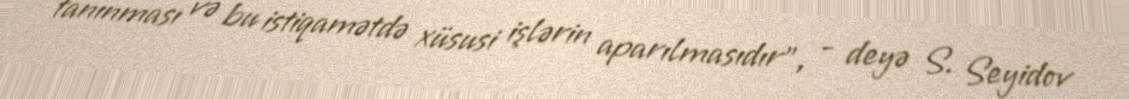
tanınması və bu istiqamətdə xüsusi işlərin aparılmasıdır”, - deyə S. Seyidov